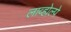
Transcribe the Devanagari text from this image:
लाव्होल्पे